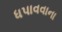
ધપાવવાના